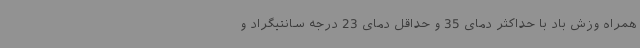
‌همراه وزش باد با حداکثر دمای 35 و حداقل دمای 23 درجه سانتیگراد و